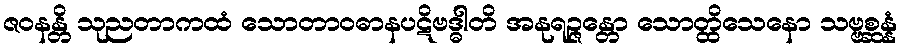
ဇဝနန္တိ သုညတာကထံ သောတာဝဓာနပဋိဗဒ္ဓါတိ အနုရဉ္ဇန္တော သောတ္ထိသေနော သဗ္ဗစ္ဆန္နံ